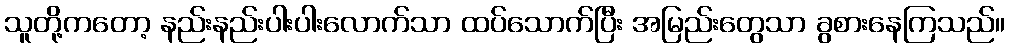
သူတို့ကတော့ နည်းနည်းပါးပါးလောက်သာ ထပ်သောက်ပြီး အမြည်းတွေသာ ခွစားနေကြသည်။